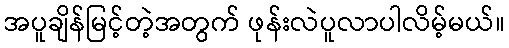
အပူချိန်မြင့်တဲ့အတွက် ဖုန်းလဲပူလာပါလိမ့်မယ်။